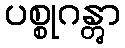
ပစ္စုဂန္တွာ